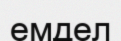
емдел